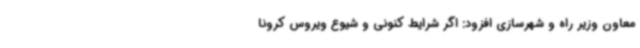
معاون وزیر راه و شهرسازی افزود: اگر شرایط کنونی و شیوع ویروس کرونا